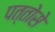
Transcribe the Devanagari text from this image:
पत्तोसे